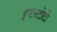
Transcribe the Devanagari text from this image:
इन्टरटोटो